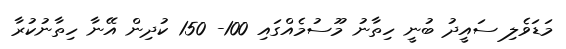
މަޑަވެލި ސައީދު ބުނީ ހިތާނު މޫސުމެއްގައި 100- 150 ކުދިން އޭނާ ހިތާނުކުރާ